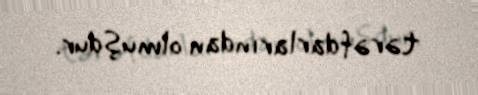
tərəfdarlarından olmuşdur.